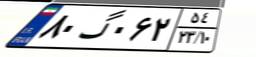
۸۰گ۰۶۲۵۴